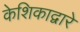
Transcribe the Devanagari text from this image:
केशिकाद्वारे